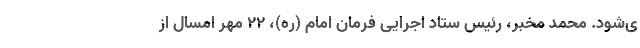
ی‌شود. محمد مخبر، رئیس ستاد اجرایی فرمان امام (ره)، ۲۲ مهر امسال از